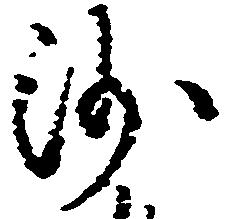
沙